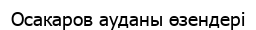
Осакаров ауданы өзендері